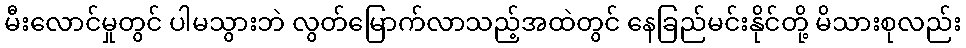
မီးလောင်မှုတွင် ပါမသွားဘဲ လွတ်မြောက်လာသည့်အထဲတွင် နေခြည်မင်းနိုင်တို့ မိသားစုလည်း